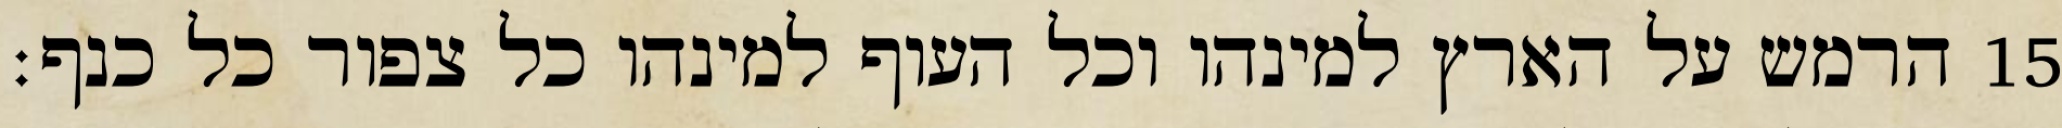
הרמש על הארץ למינהו וכל העוף למינהו כל צפור כל כנף׃ ‎15‏